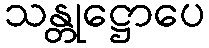
သန္တုဋ္ဌောပေ